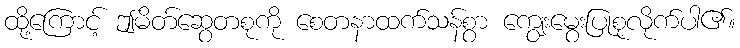
ထို့ကြောင့် ဤမိတ်ဆွေတစုကို စေတနာထက်သန်စွာ ကျွေးမွေးပြုစုလိုက်ပါ၏။